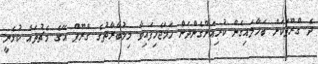
ދެ ގްރޫޕަކަށް ބަހާލައިގެން ކުރިއަށްގެންދަން ހަމަޖެހިފައިވާ މިމުބާރާތުގެ ގްރޫޕް އޭގެ މެޗުތައް ކުޅެނީ